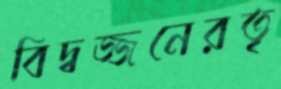
বিদ্বজ্জনেরতৃ